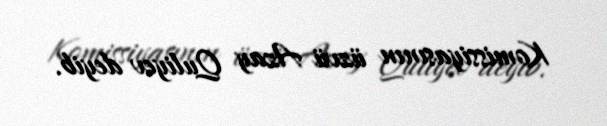
Komissiyasının üzvü Azay Quliyev deyib.